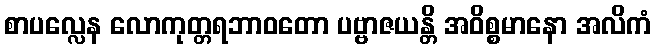
စာပလ္လေန လောကုတ္တရဘာဝတော ပဗ္ဗာဇယန္တိ အဝိစ္စမာနော အလိကံ